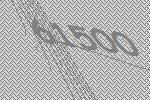
61500